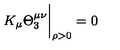
K _ { \mu } \Theta _ { 3 } ^ { \mu \nu } { \bigg | } _ { \rho > 0 } = 0